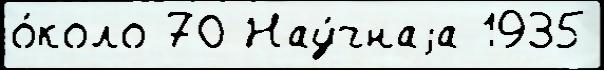
о́коло 70 Нау́чнаjа 1935